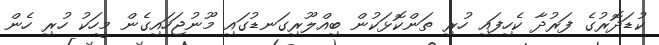
ކުޑަދޮރުގެ ފަރުދާ ކެހިފައި ހުރި ތަންކޮޅަކުން ބިއްލޫރިގަނޑުގައި މޫނުޖަހައިގެން މީހަކު ހުރި ހެން